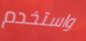
واستخدم